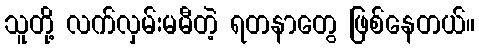
သူတို့ လက်လှမ်းမမီတဲ့ ရတနာတွေ ဖြစ်နေတယ်။